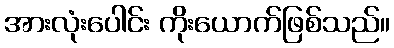
အားလုံးပေါင်း ကိုးယောက်ဖြစ်သည်။